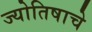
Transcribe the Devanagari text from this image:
ज्योतिषाचे